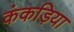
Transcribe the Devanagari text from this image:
कंकड़िया